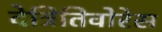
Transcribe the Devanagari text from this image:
देत्रितिवोरेस